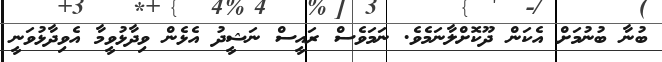
ބުނާ ބުނުމަށް އެކަން ދޫކޮށްލާނަމެވެ. ނަމަވެސް ރައީސް ނަޝީދު އެޅެން ވިދާޅުވީމާ އެވިދާޅުވަނީ